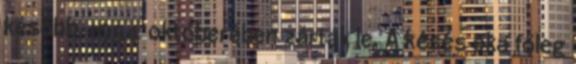
később, 1954 októberében zárták le. A késés oka főleg